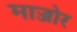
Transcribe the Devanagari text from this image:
माज्जोर